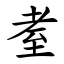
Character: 耊